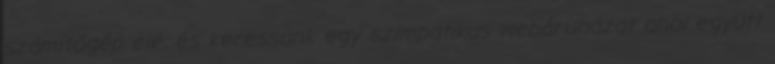
számítógép elé, és keressünk egy szimpatikus webáruházat ahol együtt